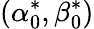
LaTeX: (\alpha_{0}^{*},\beta_{0}^{*})